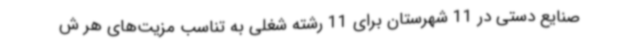
صنایع دستی در 11 شهرستان برای 11 رشته شغلی به تناسب مزیت‌های هر ش